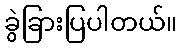
ခွဲခြားပြပါတယ်။